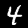
Digit: 4